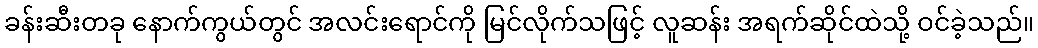
ခန်းဆီးတခု နောက်ကွယ်တွင် အလင်းရောင်ကို မြင်လိုက်သဖြင့် လူဆန်း အရက်ဆိုင်ထဲသို့ ဝင်ခဲ့သည်။